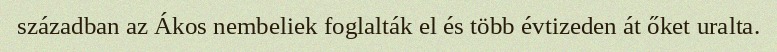
században az Ákos nembeliek foglalták el és több évtizeden át őket uralta.